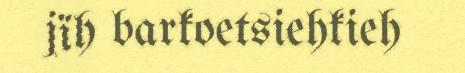
jïh barkoetsiehkieh